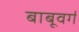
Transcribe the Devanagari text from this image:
बाबूवर्ग